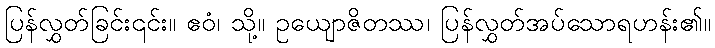
ပြန်လွှတ်ခြင်း၎င်း။ ဧဝံ၊ သို့။ ဥယျောဇိတဿ၊ ပြန်လွှတ်အပ်သောရဟန်း၏။